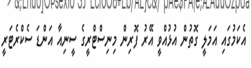
އެކަމުގައި އަމަލީ ގޮތުން އުޅުއްވީ އޭރު ފޮރިން މިނިސްޓްރީގެ ސީނިއާ އަންޑަ ސެކްރެޓަރީ